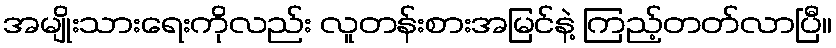
အမျိုးသားရေးကိုလည်း လူတန်းစားအမြင်နဲ့ ကြည့်တတ်လာပြီ။